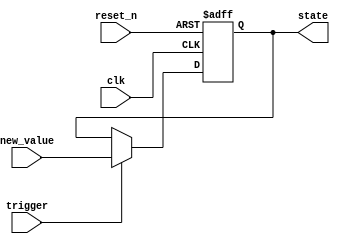
module hold_condition (
    input wire clk,          // Clock signal
    input wire reset_n,      // Active low reset signal
    input wire trigger,      // Trigger condition to release hold
    input wire [7:0] new_value, // New value to update the state variable
    output reg [7:0] state    // State variable output
);

    // Initial state
    initial begin
        state = 8'b0; // Initial state value
    end

    // Always block to handle state updates
    always @(posedge clk or negedge reset_n) begin
        if (!reset_n) begin
            // Reset state to initial value
            state <= 8'b0;
        end else if (trigger) begin
            // Update state if trigger condition is met
            state <= new_value;
        end
        // If trigger is not met, retain the current state
    end

endmodule